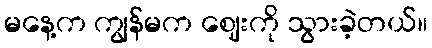
မနေ့က ကျွန်မက ဈေးကို သွားခဲ့တယ်။